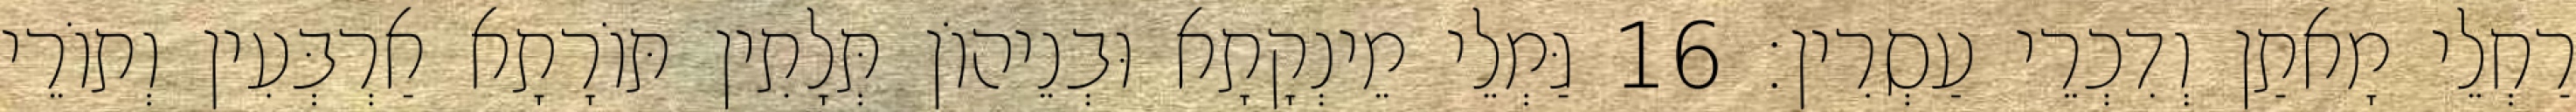
רַחְלֵי מָאתַן וְדִכְרֵי עַסְרִין׃ 16 גַּמְלֵי מֵינְקָתָא וּבְנֵיהוֹן תְּלָתִין תּוֹרָתָא אַרְבְּעִין וְתוֹרֵי